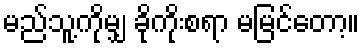
မည်သူ့ကိုမျှ ခိုကိုးစရာ မမြင်တော့။